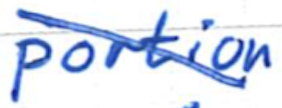
Text: portion
Cross-out: diagonal
Writing tool: ballpoint